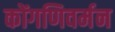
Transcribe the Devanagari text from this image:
कोंगणिवर्मन